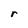
Character: r